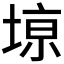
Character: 𫮎